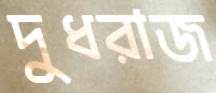
দুধরাজ